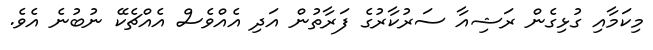
މިކަމާއި ގުޅިގެން ރަޝިއާ ސަރުކާރުގެ ފަރާތުން އަދި އެއްވެސް އެއްޗެކޭ ނުބުނެ އެވެ.